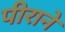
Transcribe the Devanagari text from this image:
पीराने